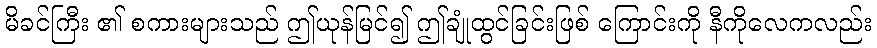
မိခင်ကြီး ၏ စကားများသည် ဤယုန်မြင်၍ ဤချုံထွင်ခြင်းဖြစ် ကြောင်းကို နီကိုလေကလည်း